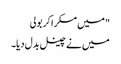
" میں مسکرا کر بولی
میں نے چینل بدل دیا۔